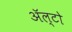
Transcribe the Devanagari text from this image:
अॅल्टो